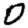
Digit: 0